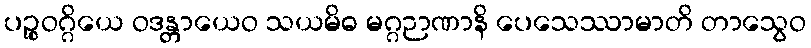
ပဉ္စဝဂ္ဂိယေ ဝဒန္တာယေဝ သယမိဓ မဂ္ဂဉာဏာနိ ပေသေဿာမာတိ တာသွေဝ